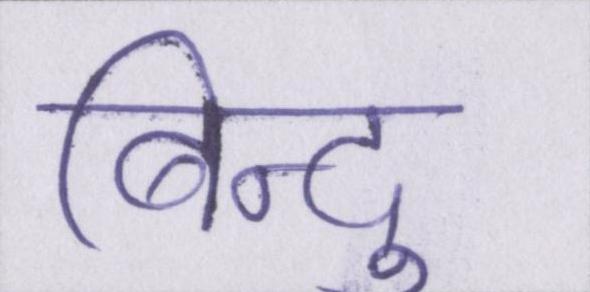
बिन्दु